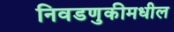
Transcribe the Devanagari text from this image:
निवडणुकीमधील